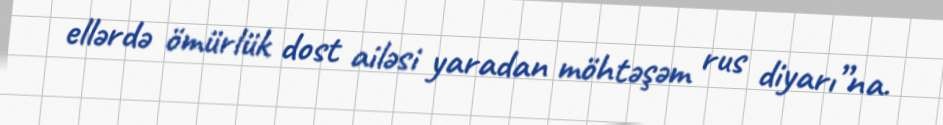
ellərdə ömürlük dost ailəsi yaradan möhtəşəm rus diyarı”na.